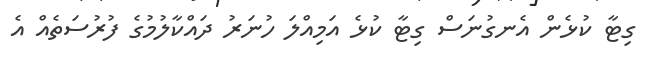
ގިޓާ ކުޅެން އެނގުނަސް ގިޓާ ކުޅެ އަމިއްލަ ހުނަރު ދައްކާލުމުގެ ފުރުސަތެއް އެ